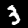
Digit: 3